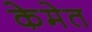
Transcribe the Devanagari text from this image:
केमेत